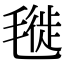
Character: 𣯪